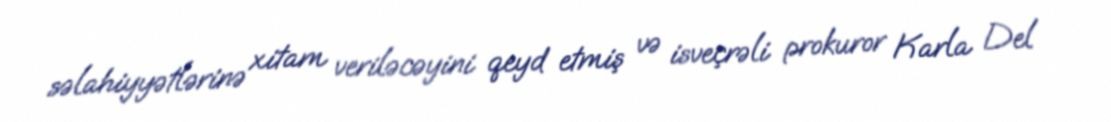
səlahiyyətlərinə xitam veriləcəyini qeyd etmiş və isveçrəli prokuror Karla Del